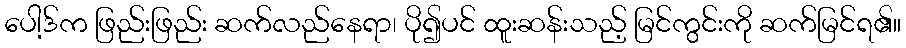
ပေါ့ဒ်က ဖြည်းဖြည်း ဆက်လည်နေရာ၊ ပို၍ပင် ထူးဆန်းသည့် မြင်ကွင်းကို ဆက်မြင်ရ၏။